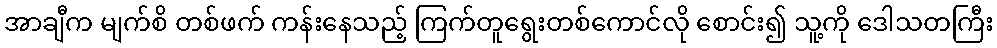
အာချီက မျက်စိ တစ်ဖက် ကန်းနေသည့် ကြက်တူရွေးတစ်ကောင်လို စောင်း၍ သူ့ကို ဒေါသတကြီး